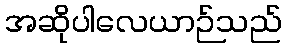
အဆိုပါလေယာဉ်သည်